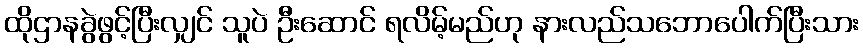
ထိုဌာနခွဲဖွင့်ပြီးလျှင် သူပဲ ဦးဆောင် ရလိမ့်မည်ဟု နားလည်သဘောပေါက်ပြီးသား